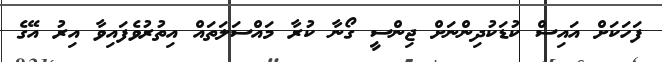
ފަހަކަށް އައިސް ކުޑަކުދިންނަށް ޖިންސީ ގޯނާ ކުރާ މައްސަލަތައް އިތުރުވެފައިވާ އިރު އޭގެ